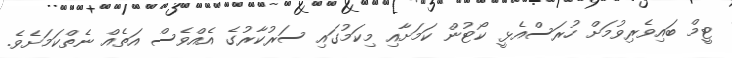
ޓީމް ބައިވެރިވުމަށް ހުރަސްއެޅީ ކޯޓުން ކަމަށާއި މިކަމުގައި ސަރުކާރުގެ އެއްވެސް އަތެއް ނެތްކަމަށެވެ.